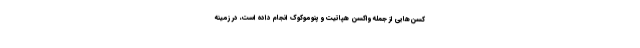
کسن‌هایی از جمله واکسن هپاتیت و پنوموکوک انجام داده است، در زمینه